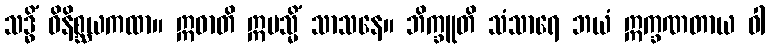
သဒ္ဓိံ ဝိနိစ္ဆယကထာ။ ဣဓာတိ ဣမသ္မိံ သာသနေ။ ဘိက္ခူတိ သံသာရေ ဘယံ ဣက္ခဏတာယ ဝါ